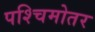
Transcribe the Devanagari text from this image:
पश्चिमोतर